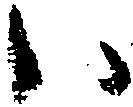
ハ